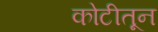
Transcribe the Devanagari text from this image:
कोटीतून